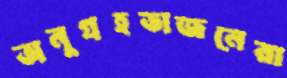
অনুগ্রহভাজনেরা